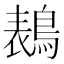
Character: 𱈭